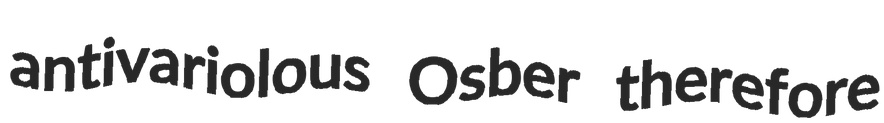
antivariolous Osber therefore